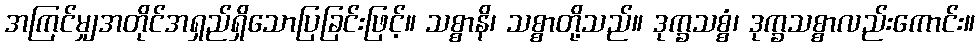
အကြင်မျှအတိုင်အရှည်ရှိသောပြခြင်းဖြင့်။ သစ္စာနိ၊ သစ္စာတို့သည်။ ဒုက္ခသစ္စံ၊ ဒုက္ခသစ္စာလည်းကောင်း။